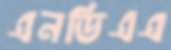
এনডিএএ